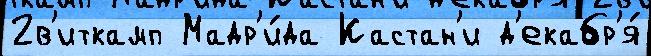
2в'иткамп Мадр'и́да Кастан'и д'екабр'я́